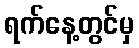
ရက်နေ့တွင်မှ